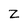
Character: Z